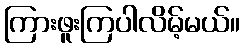
ကြားဖူးကြပါလိမ့်မယ်။